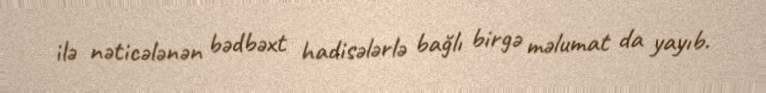
ilə nəticələnən bədbəxt hadisələrlə bağlı birgə məlumat da yayıb.